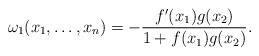
LaTeX: \begin{align*}\omega_1(x_1,\dots,x_n) = - \frac{f'(x_1)g(x_2)}{1 + f(x_1)g(x_2)}.\end{align*}